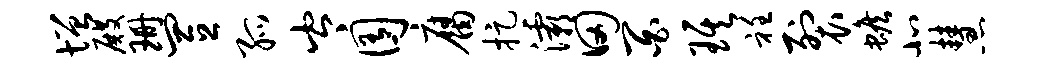
增殿珊置孤岑囿腐捉灞田百琪衽裂蟾北慧